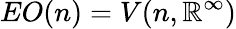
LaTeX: EO(n)=V(n,\mathbb{R}^{\infty})